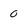
Character: o